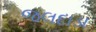
જલદાડા